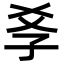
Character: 𡥈